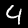
Label: 4